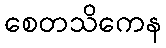
စေတသိကေန